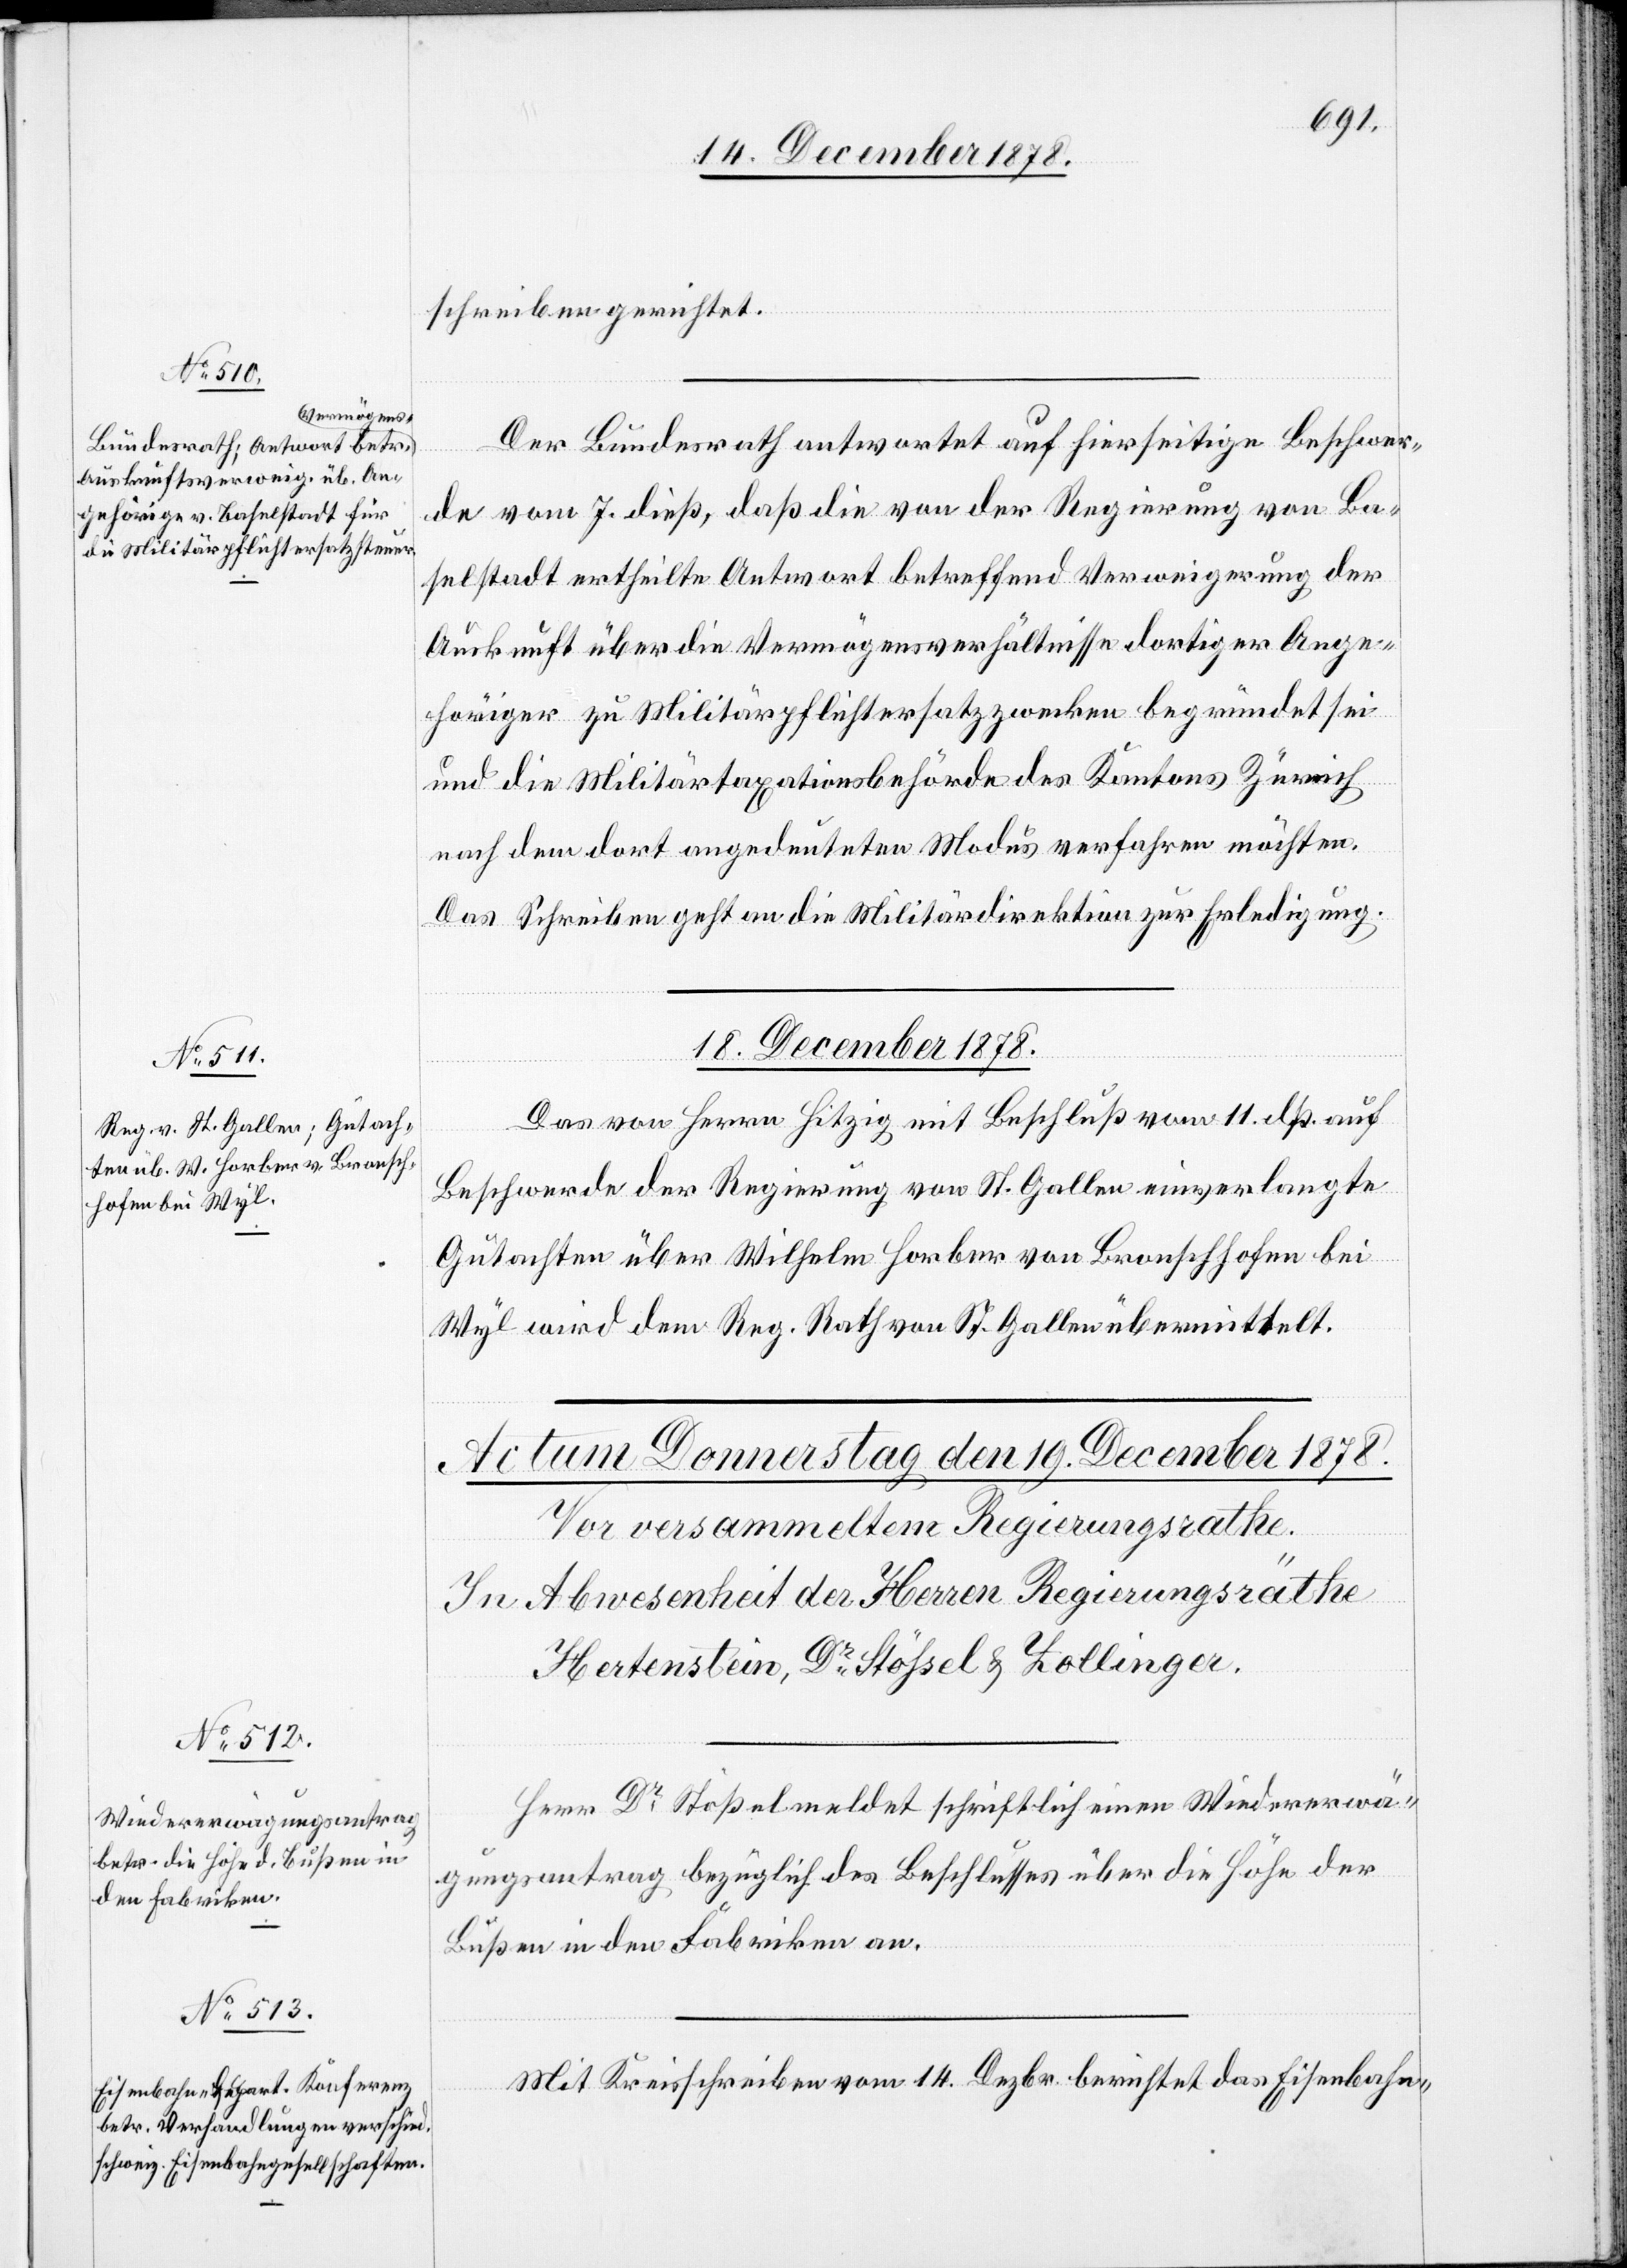
schreiben gerichtet.
Der Bundesrath antwortet auf hierseitige Beschwer¬
de vom 7. dieß, daß die von der Regierung von Ba¬
selstadt ertheilte Antwort betreffend Verweigerung der
Auskunft über die Vermögensverhältnisse dortiger Ange¬
höriger zu Militärpflichtersatzzwecken begründet sei
und die Militärtaxationsbehörde des Kantons Zürich
nach dem dort angedeuteten Modus verfahren möchten
Das Schreiben geht an die Militärdirektion zur Erledigung.
18. December 1878.
Das von Herrn Hitzig mit Beschluß vom 11. dß auf
Beschwerde der Regierung von St. Gallen einverlangte
Gutachten über Wilhelm Horber von Bronschhofen bei
Wyl wird dem Reg. Rath von St. Gallen übermittelt.
Herr Dr Stößel meldet schriftlich einen Wiedererwä¬
gungsantrag bezüglich des Beschlusses über die Höhe der
Bußen in den Fabriken an.
Mit Kreisschreiben vom 14. Dezbr. berichtet das Eisenbahn-